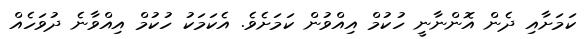
ކަމަށާއި ދެން އޮންނާނީ ހުކުމް އިއްވުން ކަމަށެވެ. އެކަމަކު ހުކުމް އިއްވާނެ ދުވަހެއް